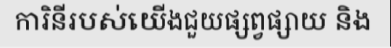
ការិនីរបស់យើងជួយផ្សព្វផ្សាយ និង